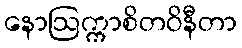
နောဩက္ကာစိတဝိနီတာ